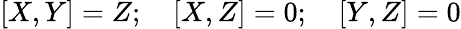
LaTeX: [X,Y]=Z;\quad[X,Z]=0;\quad[Y,Z]=0